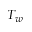
T _ { w }